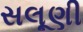
સલૂણી